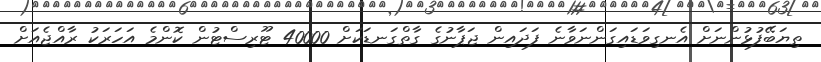
ތިޔަބޭފުޅުންނަށް އެނގިވަޑައިގަންނަވާނެ ފަދައިން ޖަޕާނުގެ ގާތްގަނޑަކަށް 40000 ޓޫރިސްޓުން ކޮންމެ އަހަރަކު ރާއްޖެއަށް